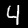
Label: 4